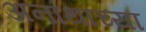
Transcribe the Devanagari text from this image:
अनाथांच्या